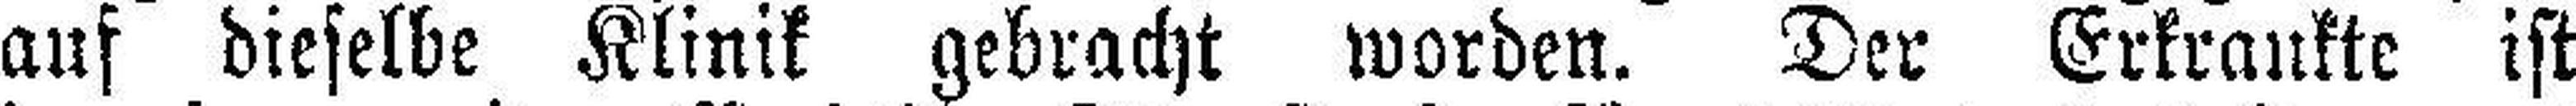
auf dieselbe Klinik gebracht worden. Der Erkrankte ist